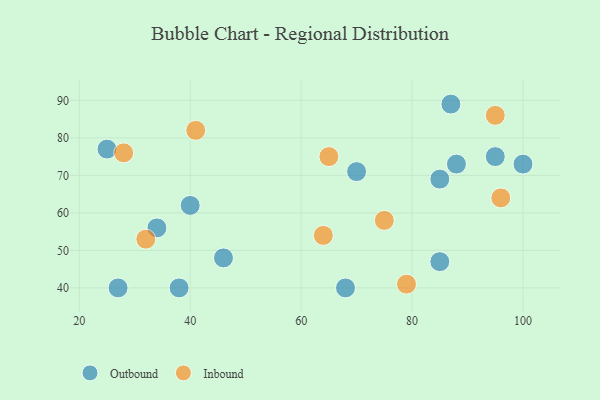
{"axis": {"x": "GDP", "y": "Life Expectancy"}, "legend": ["Inbound", "Outbound"], "data": [{"x": "85", "y": 47, "type": "Outbound"}, {"x": "40", "y": 62, "type": "Outbound"}, {"x": "25", "y": 77, "type": "Outbound"}, {"x": "68", "y": 40, "type": "Outbound"}, {"x": "27", "y": 40, "type": "Outbound"}, {"x": "100", "y": 73, "type": "Outbound"}, {"x": "34", "y": 56, "type": "Outbound"}, {"x": "87", "y": 89, "type": "Outbound"}, {"x": "85", "y": 69, "type": "Outbound"}, {"x": "46", "y": 48, "type": "Outbound"}, {"x": "70", "y": 71, "type": "Outbound"}, {"x": "38", "y": 40, "type": "Outbound"}, {"x": "88", "y": 73, "type": "Outbound"}, {"x": "95", "y": 75, "type": "Outbound"}, {"x": "32", "y": 53, "type": "Inbound"}, {"x": "75", "y": 58, "type": "Inbound"}, {"x": "79", "y": 41, "type": "Inbound"}, {"x": "96", "y": 64, "type": "Inbound"}, {"x": "95", "y": 86, "type": "Inbound"}, {"x": "64", "y": 54, "type": "Inbound"}, {"x": "65", "y": 75, "type": "Inbound"}, {"x": "28", "y": 76, "type": "Inbound"}, {"x": "41", "y": 82, "type": "Inbound"}]}